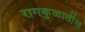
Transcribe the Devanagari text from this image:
रागकुळातील